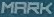
MARK